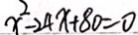
x ^ { 2 } - 2 4 x + 8 0 = 0